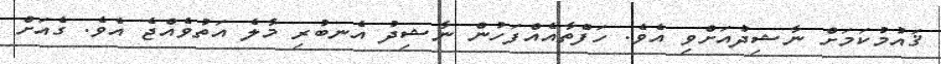
ޤައުމުކަމަށް ނާޝިދުއަށްވި އެވެ. ހަފްތާއެއްފަހުން ނާޝިދު އެނބުރި މާލެ އަތުވެއްޖެ އެވެ. ގެއަށް